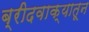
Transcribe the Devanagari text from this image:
ब्रीदवाक्यातून